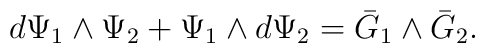
d\Psi_{1} \wedge \Psi_{2} + \Psi_{1} \wedge d\Psi_{2} = \bar{G}_{1}\wedge \bar{G}_{2}.